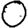
Digit: 0